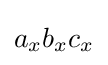
a_{x}b_{x}c_{x}